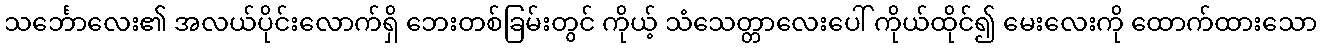
သင်္ဘောလေး၏ အလယ်ပိုင်းလောက်ရှိ ဘေးတစ်ခြမ်းတွင် ကိုယ့် သံသေတ္တာလေးပေါ် ကိုယ်ထိုင်၍ မေးလေးကို ထောက်ထားသော